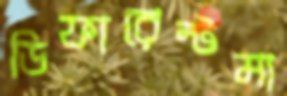
ডিফারেন্টমা